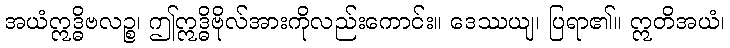
အယံဣဒ္ဓိဗလဉ္စ၊ ဤဣဒ္ဓိဗိုလ်အားကိုလည်းကောင်း။ ဒေဿယျ၊ ပြရာ၏။ ဣတိအယံ၊